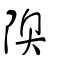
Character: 隩